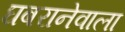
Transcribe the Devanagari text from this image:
घबरानेवाला